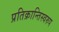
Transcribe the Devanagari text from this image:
प्रतिक्रान्तिस्वरुप